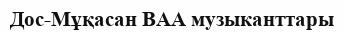
Дос-Мұқасан ВАА музыканттары